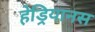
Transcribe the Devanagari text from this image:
हेड्रियानस